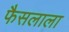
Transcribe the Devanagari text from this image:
फैसलाला